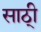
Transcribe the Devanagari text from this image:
साठी्